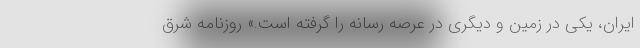
ایران، یکی در زمین و دیگری در عرصه رسانه را گرفته است.» روزنامه شرق